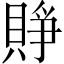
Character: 𧶄